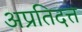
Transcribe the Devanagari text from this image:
अप्रतिदत्त